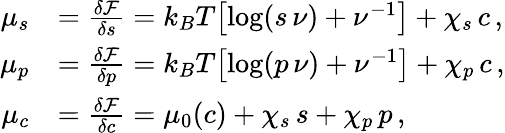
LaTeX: \begin{array}{rl}{\mu_{s}}&{=\frac{\delta\mathcal{F}}{\delta s}=k_{B}T\bigl[\log(s\, \nu)+\nu^{-1}\bigr]+\chi_{s}\, c\, ,}\\ {\mu_{p}}&{=\frac{\delta\mathcal{F}}{\delta p}=k_{B}T\bigl[\log(p\, \nu)+\nu^{-1}\bigr]+\chi_{p}\, c\, ,}\\ {\mu_{c}}&{=\frac{\delta\mathcal{F}}{\delta c}=\mu_{0}(c)+\chi_{s}\, s+\chi_{p}\, p\, ,}\end{array}